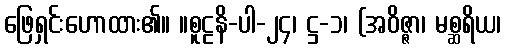
ဖြေရှင်းဟောထား၏။ ။စူဠနိ-ပါ-၂၄၊ ဋ္ဌ-၁၊ (အဝိဇ္ဇာ၊ မစ္ဆရိယ၊